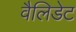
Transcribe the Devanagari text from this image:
वैलिडेट